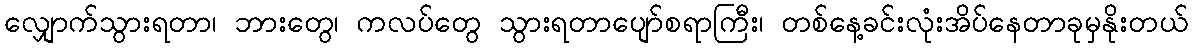
လျှောက်သွားရတာ၊ ဘားတွေ၊ ကလပ်တွေ သွားရတာပျော်စရာကြီး၊ တစ်နေ့ခင်းလုံးအိပ်နေတာခုမှနိုးတယ်